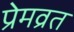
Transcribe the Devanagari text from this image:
प्रेमव्रत